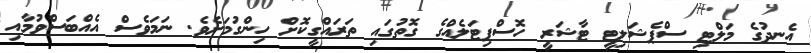
އެނދުގެ މަލްޓި ސްޕެޝަލިޓީ ޓާޝަރީ ހޮސްޕިޓަލެއްގެ ގޮތުގައި ތަރައްގީކޮށް ހިންގުމަށެވެ. ނަމަވެސް އެއްބަސްވުމާއި